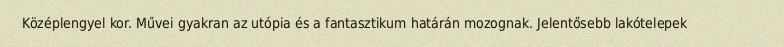
Középlengyel kor. Művei gyakran az utópia és a fantasztikum határán mozognak. Jelentősebb lakótelepek